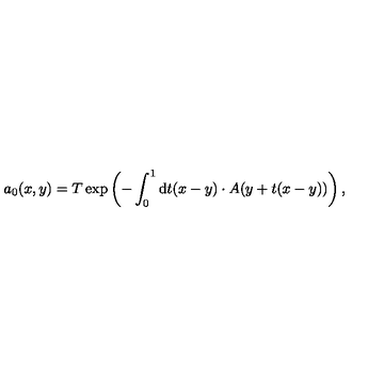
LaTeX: a _ { 0 } ( x , y ) = T \exp \left( - \int _ { 0 } ^ { 1 } \mathrm { d } t ( x - y ) \cdot A ( y + t ( x - y ) ) \right) ,